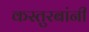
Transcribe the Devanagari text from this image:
कस्तुरबांनी